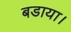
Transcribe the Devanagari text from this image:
बडाया।